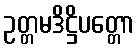
ဥတ္တမဒိဋ္ဌိပတ္တော